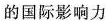
的国际影响力